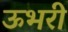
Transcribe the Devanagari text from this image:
ऊभरी